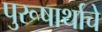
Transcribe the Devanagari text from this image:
पुरूषार्थाचे